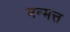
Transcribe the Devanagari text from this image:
मन्मत्त